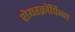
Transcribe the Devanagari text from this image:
शेयरक्रॉपिन्ग